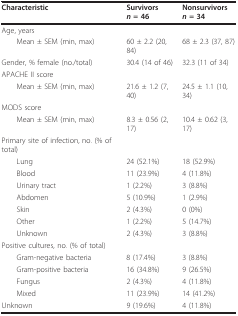
<table><thead><tr><td><b>Characteristic</b></td><td><b>Survivors<i>n </i>= 46</b></td><td><b>Nonsurvivors<i>n </i>= 34</b></td></tr></thead><tbody><tr><td>Age, years</td><td>[EMPTY_CELL]</td><td>[EMPTY_CELL]</td></tr><tr><td> Mean ± SEM (min, max)</td><td>60 ± 2.2 (20, 84)</td><td>68 ± 2.3 (37, 87)</td></tr><tr><td>Gender, % female (no./total)</td><td>30.4 (14 of 46)</td><td>32.3 (11 of 34)</td></tr><tr><td>APACHE II score</td><td>[EMPTY_CELL]</td><td>[EMPTY_CELL]</td></tr><tr><td> Mean ± SEM (min, max)</td><td>21.6 ± 1.2 (7, 40)</td><td>24.5 ± 1.1 (10, 34)</td></tr><tr><td>MODS score</td><td>[EMPTY_CELL]</td><td>[EMPTY_CELL]</td></tr><tr><td> Mean ± SEM (min, max)</td><td>8.3 ± 0.56 (2, 17)</td><td>10.4 ± 0.62 (3, 17)</td></tr><tr><td>Primary site of infection, no. (% of total)</td><td>[EMPTY_CELL]</td><td>[EMPTY_CELL]</td></tr><tr><td> Lung</td><td>24 (52.1%)</td><td>18 (52.9%)</td></tr><tr><td> Blood</td><td>11 (23.9%)</td><td>4 (11.8%)</td></tr><tr><td> Urinary tract</td><td>1 (2.2%)</td><td>3 (8.8%)</td></tr><tr><td> Abdomen</td><td>5 (10.9%)</td><td>1 (2.9%)</td></tr><tr><td> Skin</td><td>2 (4.3%)</td><td>0 (0%)</td></tr><tr><td> Other</td><td>1 (2.2%)</td><td>5 (14.7%)</td></tr><tr><td> Unknown</td><td>2 (4.3%)</td><td>3 (8.8%)</td></tr><tr><td>Positive cultures, no. (% of total)</td><td>[EMPTY_CELL]</td><td>[EMPTY_CELL]</td></tr><tr><td> Gram-negative bacteria</td><td>8 (17.4%)</td><td>3 (8.8%)</td></tr><tr><td> Gram-positive bacteria</td><td>16 (34.8%)</td><td>9 (26.5%)</td></tr><tr><td> Fungus</td><td>2 (4.3%)</td><td>4 (11.8%)</td></tr><tr><td> Mixed</td><td>11 (23.9%)</td><td>14 (41.2%)</td></tr><tr><td>Unknown</td><td>9 (19.6%)</td><td>4 (11.8%)</td></tr></tbody></table>